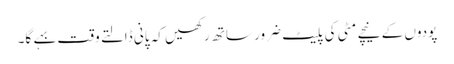
پودوں کے نیچے مٹی کی پلیٹ ضرور ساتھ رکھیں کہ پانی ڈالتے وقت بہے گا۔